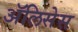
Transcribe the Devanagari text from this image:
ॲलिसेस